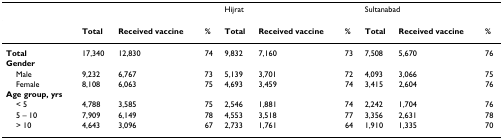
|  |  |  |  | <COLSPAN=3> Hijrat | <COLSPAN=3> Sultanabad |
 | --- | --- | --- | --- | --- | --- | --- | --- | --- | --- |
 |  | Total | Received vaccine | % | Total | Received vaccine | % | Total | Received vaccine | % |
 | Total | 17,340 | 12,830 | 74 | 9,832 | 7,160 | 73 | 7,508 | 5,670 | 76 |
 | Gender |  |  |  |  |  |  |  |  |  |
 | Male | 9,232 | 6,767 | 73 | 5,139 | 3,701 | 72 | 4,093 | 3,066 | 75 |
 | Female | 8,108 | 6,063 | 75 | 4,693 | 3,459 | 74 | 3,415 | 2,604 | 76 |
 | Age group, yrs |  |  |  |  |  |  |  |  |  |
 | < 5 | 4,788 | 3,585 | 75 | 2,546 | 1,881 | 74 | 2,242 | 1,704 | 76 |
 | 5 – 10 | 7,909 | 6,149 | 78 | 4,553 | 3,518 | 77 | 3,356 | 2,631 | 78 |
 | > 10 | 4,643 | 3,096 | 67 | 2,733 | 1,761 | 64 | 1,910 | 1,335 | 70 |